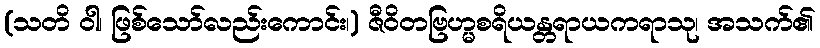
(သတိ ဝါ၊ ဖြစ်သော်လည်းကောင်း၊) ဇီဝိတဗြဟ္မစရိယန္တရာယကရာသု၊ အသက်၏